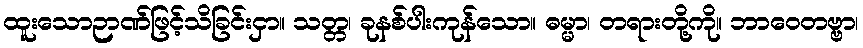
ထူးသောဉာဏ်ဖြင့်သိခြင်းငှာ။ သတ္တ၊ ခုနစ်ပါးကုန်သော။ ဓမ္မာ၊ တရားတို့ကို။ ဘာဝေတဗ္ဗာ၊